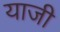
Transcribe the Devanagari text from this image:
याजी